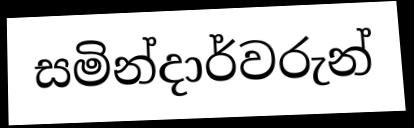
සමින්දාර්වරුන්